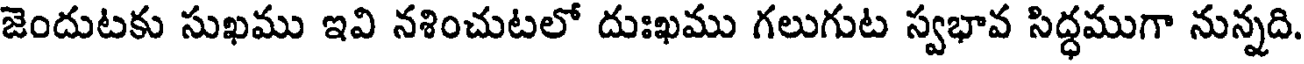
జెందుటకు సుఖము ఇవి నశించుటలో దుఃఖము గలుగుట స్వభావ సిద్ధముగా నున్నది.